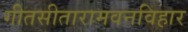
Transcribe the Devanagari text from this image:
गीतसीतारामवनविहार